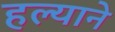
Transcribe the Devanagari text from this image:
हल्याने